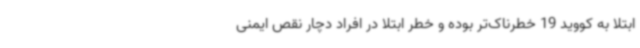
ابتلا به کووید 19 خطرناک‌تر بوده و خطر ابتلا در افراد دچار نقص ایمنی